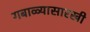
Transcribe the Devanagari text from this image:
गबाळ्यासारखी